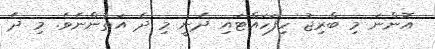
އޮންނަ މި ބްރިޖު ހިފަހައްޓައި ދެނީ މި ދެ އަތުންނެވެ. މި ދެ